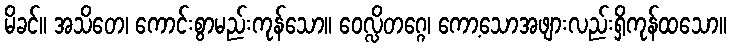
မိခင်။ အသိတေ၊ ကောင်းစွာမည်းကုန်သော။ ဝေလ္လိတဂ္ဂေ၊ ကော့သောအဖျားလည်းရှိကုန်ထသော။